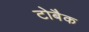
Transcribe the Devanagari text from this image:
टोबैक